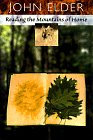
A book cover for Reading the Mountains of Home; John Elder; Travel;